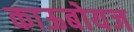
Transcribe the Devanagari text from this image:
काऊबोयज